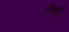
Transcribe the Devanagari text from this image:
लैबंर्ट